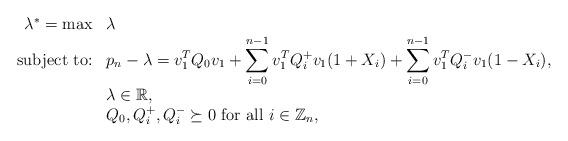
LaTeX: \begin{align*}\begin{array}{rl}\lambda^* = \max & \lambda \\\textnormal{subject to:} & \displaystyle p_n - \lambda = v_1^T Q_0 v_1 + \sum_{i=0}^{n-1} v_1^T Q_i^+ v_1(1+X_i) + \sum_{i=0}^{n-1} v_1^T Q_i^- v_1 (1-X_i), \\& \displaystyle \lambda \in \mathbb{R}, \\& \displaystyle Q_0,Q_i^+,Q_i^- \succeq 0 \textnormal{ for all } i \in \mathbb{Z}_n,\end{array}\end{align*}